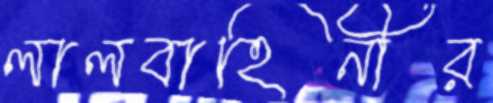
লালবাহিনীর